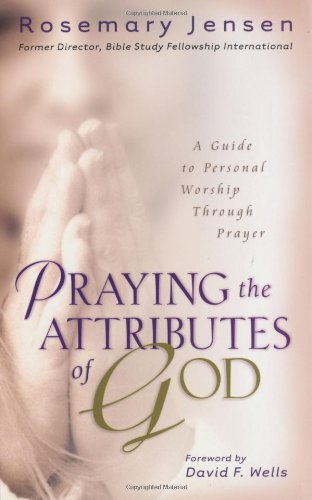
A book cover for Praying the Attributes of God: A Guide to Personal Worship Through Prayer; Rosemary Jensen; Christian Books & Bibles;